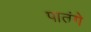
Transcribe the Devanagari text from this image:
पातंगे